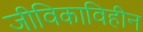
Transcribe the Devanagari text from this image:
जीविकाविहीन